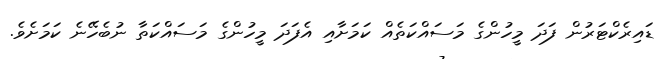
ޑައިރެކްޓަރުން ފަދަ މީހުންގެ މަސައްކަތެއްް ކަމަށާއި އެފަދަ މީހުންގެ މަސައްކަތާ ނުބެހޭނެ ކަމަށެވެ.